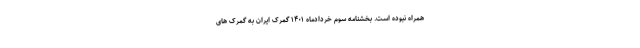
همراه نبوده است. بخشنامه سوم خردادماه ۱۴۰۱ گمرک ایران به گمرک های